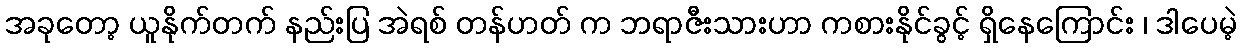
အခုတော့ ယူနိုက်တက် နည်းပြ အဲရစ် တန်ဟတ် က ဘရာဇီးသားဟာ ကစားနိုင်ခွင့် ရှိနေကြောင်း ၊ ဒါပေမဲ့